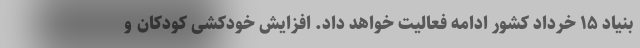
بنیاد ۱۵ خرداد کشور ادامه فعالیت خواهد داد. افزایش خودکشی کودکان و